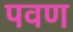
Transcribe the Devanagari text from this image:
पवण